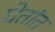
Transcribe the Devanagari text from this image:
घेतांत